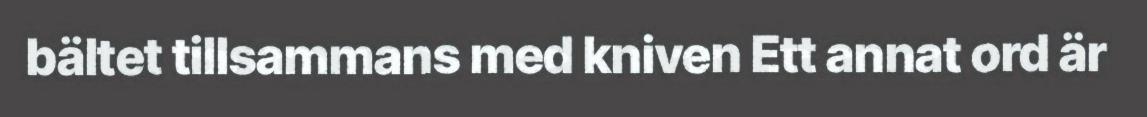
bältet tillsammans med kniven Ett annat ord är